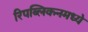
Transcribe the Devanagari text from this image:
रिपब्लिकनमध्ये